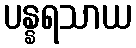
ပန္နရသာယ